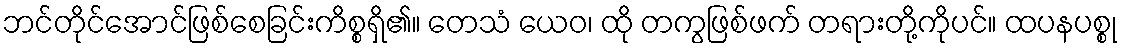
ဘင်တိုင်အောင်ဖြစ်စေခြင်းကိစ္စရှိ၏။ တေသံ ယေဝ၊ ထို တကွဖြစ်ဖက် တရားတို့ကိုပင်။ ထပနပစ္စု